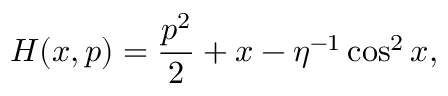
H ( x , p ) = \frac { p ^ { 2 } } { 2 } + x - \eta ^ { - 1 } \cos ^ { 2 } x ,